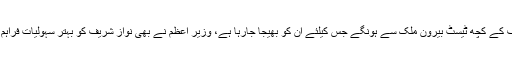
میڈیا سے گفتگو کرتے ہوئے میاں اسلم اقبال نے کہا کہ نواز شریف کے کچھ ٹیسٹ بیرون ملک سے ہونگے جس کیلئے ان کو بھیجا جارہا ہے، وزیر اعظم نے بھی نواز شریف کو بہتر سہولیات فراہم کرنے کا کہا ہے، دعا گو ہیں کہ نواز شریف جلد صحت یاب ہوں۔